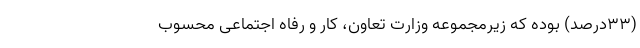
(۳۳درصد) بوده که زیرمجموعه وزارت تعاون، کار و رفاه اجتماعی محسوب